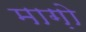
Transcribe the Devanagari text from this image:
माग़ो